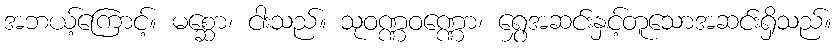
အဘယ့်ကြောင့်။ မစ္ဆော၊ ငါးသည်။ သုဝဏ္ဏဝဏ္ဏော၊ ရွှေအဆင်းနှင့်တူသောအဆင်းရှိသည်။